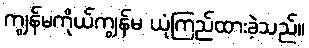
ကျွန်မကိုယ်ကျွန်မ ယုံကြည်ထားခဲ့သည်။